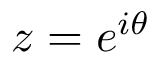
z = e ^ { i \theta }